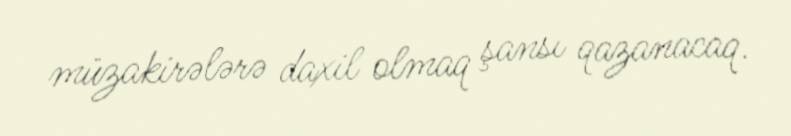
müzakirələrə daxil olmaq şansı qazanacaq.